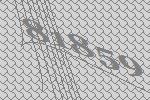
81859